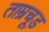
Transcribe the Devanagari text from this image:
ताम्रचूड़